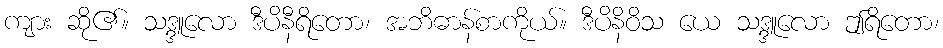
ကျား ဆို၏။ သဒ္ဒူလော ဒီပိနီရိတော၊ အဘိဓာန်စာကိုယ်။ ဒီပိနိဝိသ ယေ သဒ္ဒူလော ဤရိတော၊